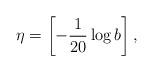
LaTeX: \begin{align*}\eta=\left[-\frac{1}{20}\log b\right],\end{align*}